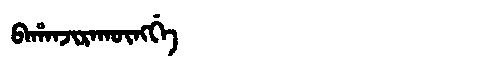
Manchu: ᠪᠠᡥᠠᠨᠵᡳᡵᠠᡴᡡᠩᡤᡝ
Romanization: BAHANJIRAKŪNGGE